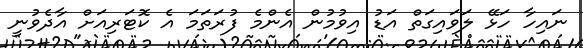
ނައިހާ ހަޅޭ ލަވައިގަތް އަޑު އިވުމުން އެންމެ ފުރަތަމަ އެ ކޮޓަރިއަށް އާދެވުނީ